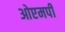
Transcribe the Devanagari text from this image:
ओएमपी